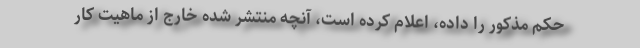
حکم مذکور را داده، اعلام کرده است، آنچه منتشر شده خارج از ماهیت کار